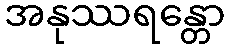
အနုဿရန္တော